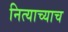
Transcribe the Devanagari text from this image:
नित्याच्याच